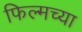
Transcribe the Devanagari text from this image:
फिल्मच्या